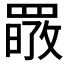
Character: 𦋷